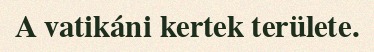
A vatikáni kertek területe.